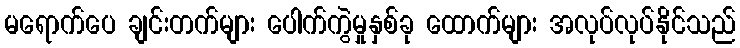
မရောက်ပေ ချင်းတက်များ ပေါက်ကွဲမှုနှစ်ခု ထောက်များ အလုပ်လုပ်နိုင်သည်